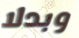
وبدلا